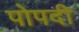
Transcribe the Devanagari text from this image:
पोपदी